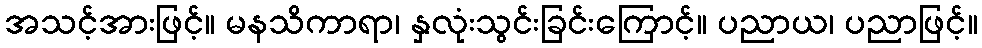
အသင့်အားဖြင့်။ မနသိကာရာ၊ နှလုံးသွင်းခြင်းကြောင့်။ ပညာယ၊ ပညာဖြင့်။